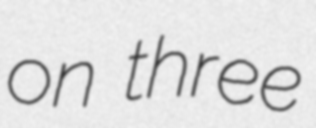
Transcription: on three